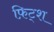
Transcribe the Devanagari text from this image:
फ़िट्श